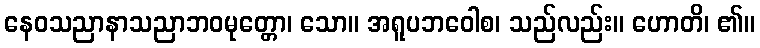
နေဝသညာနာသညာဘဝမုတ္တော၊ သော။ အရူပဘဝေါစ၊ သည်လည်း။ ဟောတိ၊ ၏။